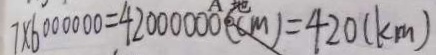
7 \times 6 0 0 0 0 0 0 = 4 2 0 0 0 0 0 0 ( c m ) = 4 2 0 ( k m )